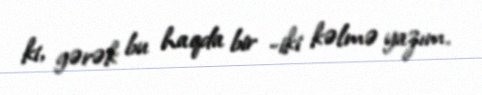
ki, gərək bu haqda bir -iki kəlmə yazım.